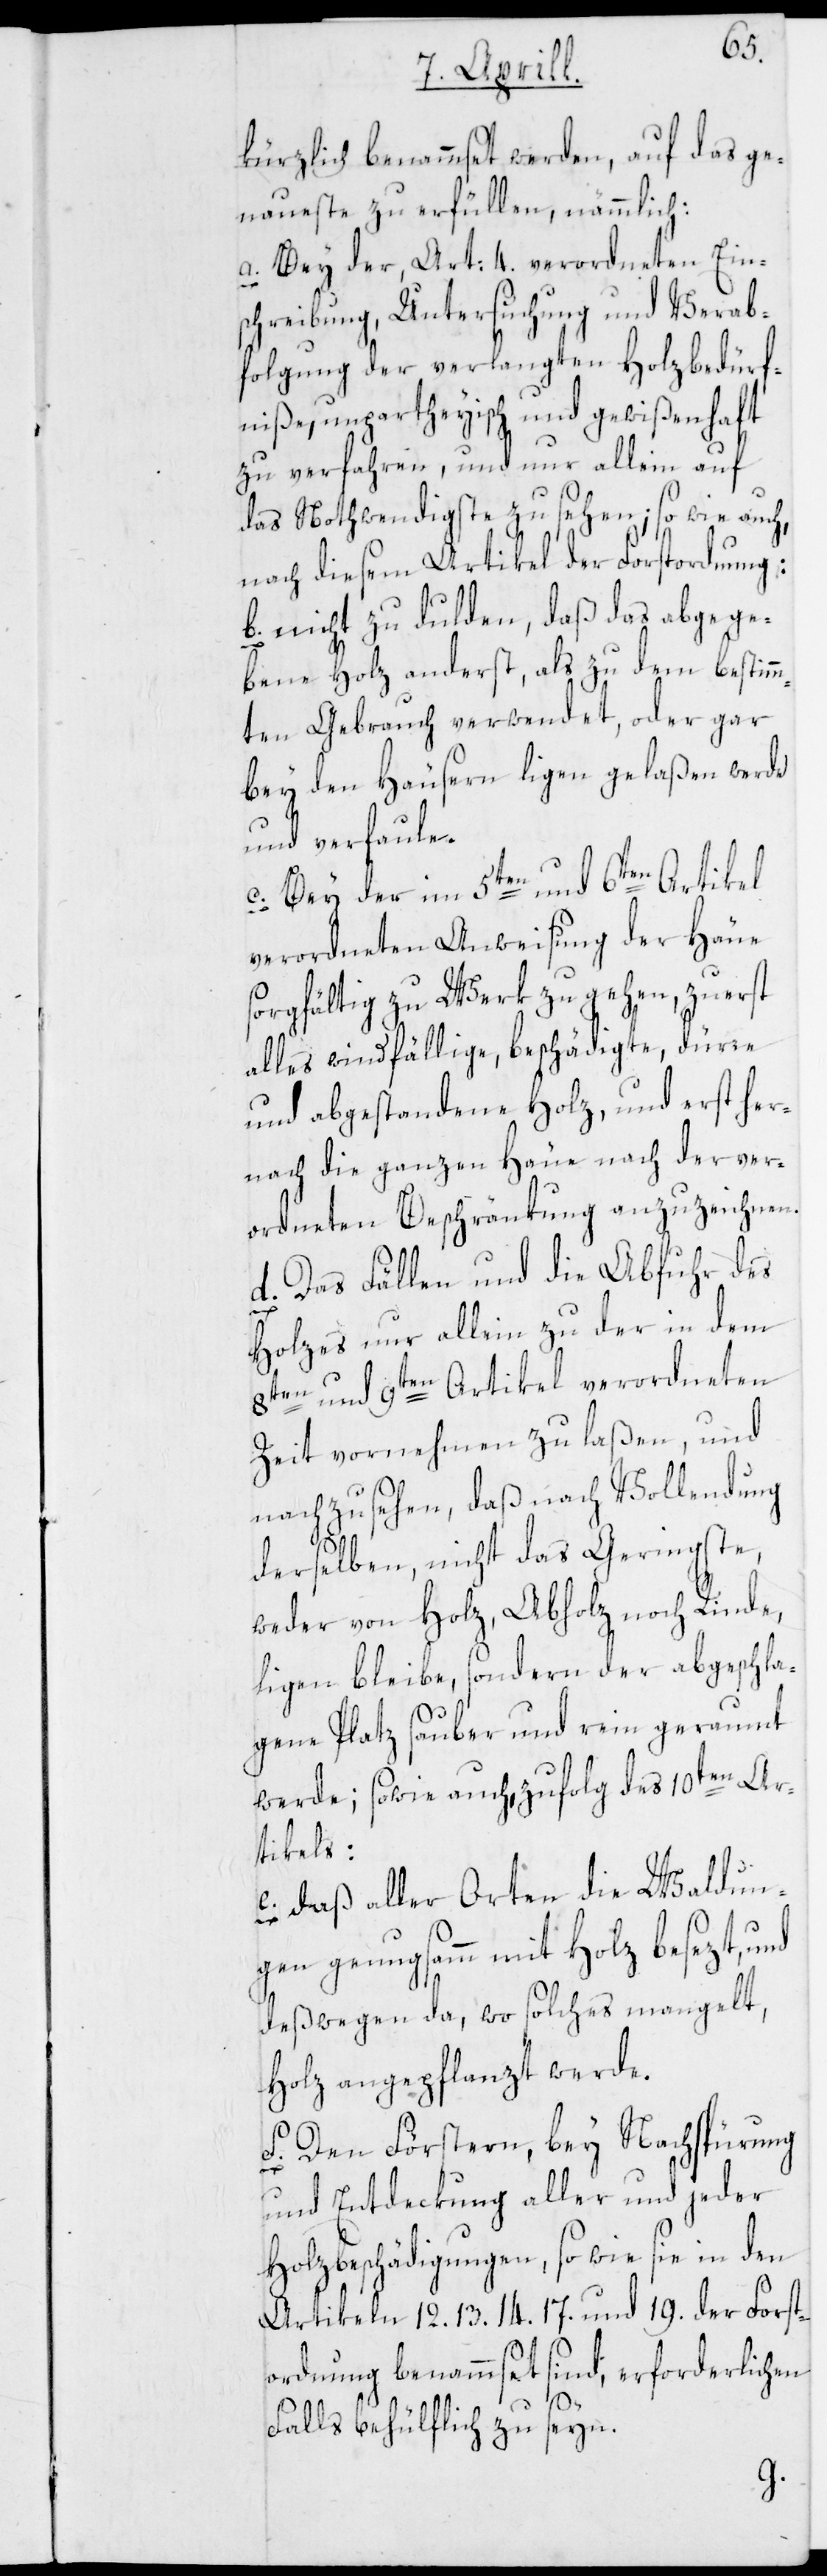
Forst¬
kürzlich benammset werden, auf das ge¬
naueste zu erfüllen, nämmlich:
a. Bey der, Art: 4. verordneten Ein¬
schreibung, Untersuchung und Verab¬
folgung der verlangten Holzbedürf¬
niße, unpartheyisch und gewißenhaft
zu verfahren, und nur allein auf
das Nothwendigste zu sehen; so wie auch,
nach diesem Artikel der Forstordnung:
der
b. nicht zu dulden, daß das abgege¬
bene Holz anderst, als zu dem bestim¬
mten Gebrauch verwendet, oder gar
bey den Häusern ligen gelaßen werde
und verfaule.
c. Bey der im 5ten und 6ten Artikel
verordneten Anweisung der Häue
sorgfältig zu Werk zu gehen, zuerst
alles windfällige, beschädigte, dürre
und abgestandene Holz, und erst her¬
nach die ganzen Häue nach der ver¬
ordneten Beschränkung anzuzeichnen.
d. Das Fällen und die Abfuhr des
Holzes nur allein zu der in dem
8ten und 9ten Artikel verordneten
Zeit vornehmen zu laßen, und
nachzusehen, daß nach Vollendung
derselben, nicht das Geringste,
weder von Holz, Abholz noch Rinde
ligen bleibe, sondern der abgeschla¬
gene Platz sauber und rein geraumt
werde; sowie auch, zufolg des 10ten Ar¬
tikels:
e. daß aller Orten die Waldun¬
gen genugsamm mit Holz besezt, und
deßwegen da, wo solches mangelt,
Holz angepflanzt werde.
f. Den Förstern, bey Nachspürung
und Entdeckung aller und jeder
Holzbeschädigungen, so wie sie in den
ordnung benammset sind, erforderlichen
Falls behülflich zu seyn.
19.